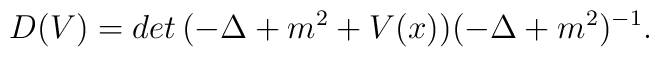
D(V)=det\,(-\Delta+m^{2}+V(x))(-\Delta+m^{2})^{-1}.